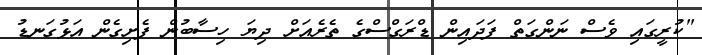
"ކުރީގައި ވެސް ނަންގަތް ފަދައިން ޑްރަގްސްގެ ތެރެއަށް ދިޔަ ހިސާބުން ފެށިގެން އަޅުގަނޑު